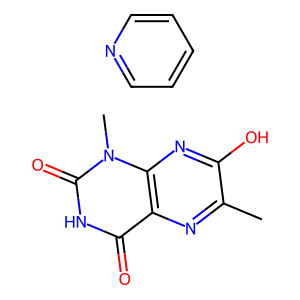
SMILES: Cc1nc2c(=O)[nH]c(=O)n(C)c2nc1O.c1ccncc1
Inhibits HIV replication: No